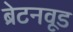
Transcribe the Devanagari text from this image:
ब्रेटनवूड